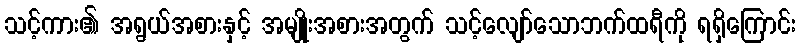
သင့်ကား၏ အရွယ်အစားနှင့် အမျိုးအစားအတွက် သင့်လျော်သောဘက်ထရီကို ရရှိကြောင်း